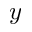
y